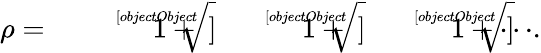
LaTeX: \rho={\sqrt[[objectObject]]{1+{\sqrt[[objectObject]]{1+{\sqrt[[objectObject]]{1+\cdots}}}}}}.